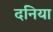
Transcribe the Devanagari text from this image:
दनिया